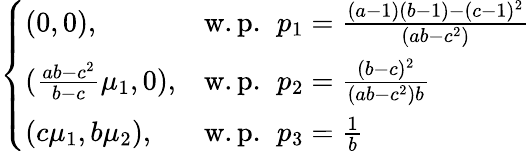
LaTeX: \left\{ \begin{array}{ll}{(0,0),}&{\mathrm{w.p.~}\, p_{1}=\frac{(a-1)(b-1)-(c-1)^{2}}{(ab-c^{2})}}\\ {(\frac{ab-c^{2}}{b-c}\mu_{1},0),}&{\mathrm{w.p.~}\, p_{2}=\frac{(b-c)^{2}}{\left(ab-c^{2}\right)b}}\\ {(c\mu_{1},b\mu_{2}),}&{\mathrm{w.p.~}\, p_{3}=\frac{1}{b}}\end{array}\right.